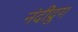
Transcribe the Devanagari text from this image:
नंदीद्रुग